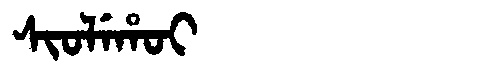
Manchu: ᠰᡳᠣᠯᡝᡥᠣᡳ
Romanization: SIOLEHOI